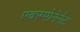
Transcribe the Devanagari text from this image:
एक्स्पोनेनेट